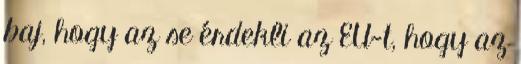
baj, hogy az se érdekli az EU-t, hogy az